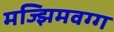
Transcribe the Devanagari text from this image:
मज्झिमवग्ग